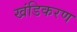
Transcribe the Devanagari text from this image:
खंडिकरण